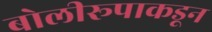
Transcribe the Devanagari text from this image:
बोलीरूपाकडून